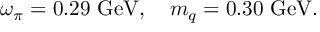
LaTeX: \omega _ { \pi } = 0 . 2 9 ~ \mathrm { G e V } , ~ ~ ~ m _ { q } = 0 . 3 0 ~ \mathrm { G e V } .